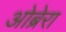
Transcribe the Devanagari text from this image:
ओब्रेरा